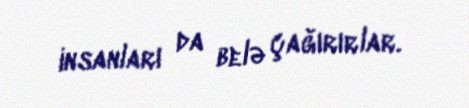
insanları da belə çağırırlar.